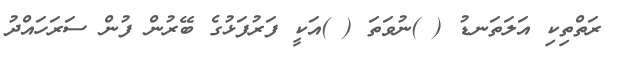
ރަތްތިކި އަލަތަނޑު ( )ނުވަތަ ( )އަކީ ފަރުފަޅުގެ ބޭރުން ފުން ސަރަހައްދު